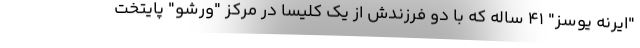
"ایرنه یوسز" 41 ساله که با دو فرزندش از یک کلیسا در مرکز "ورشو" پایتخت